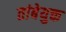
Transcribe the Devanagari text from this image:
तांबेयुक्त